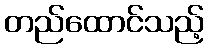
တည်ထောင်သည့်